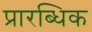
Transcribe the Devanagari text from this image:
प्रारब्धिक